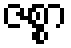
ဇစ္စာ